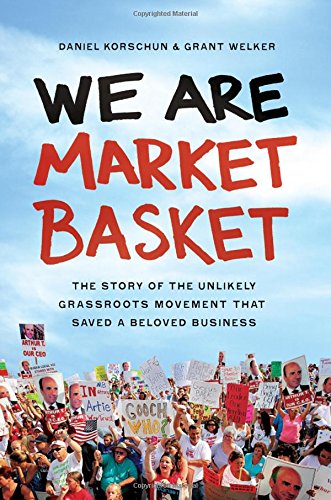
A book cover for We Are Market Basket: The Story of the Unlikely Grassroots Movement That Saved a Beloved Business; Daniel Korschun; Cookbooks, Food & Wine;